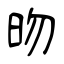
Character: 昒